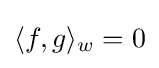
\langle f,g\rangle _{w}=0